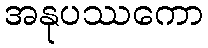
အနုပဿကော